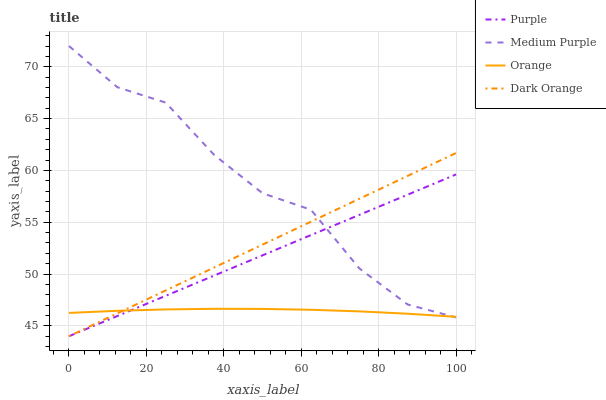
| xaxis_label | Purple | Medium Purple | Orange | Dark Orange |
 | --- | --- | --- | --- | --- |
 | 0 | 44 | 72 | 46.3 | 44 |
 | 12.5 | 46 | 68 | 46.5 | 46.2 |
 | 25 | 47.9 | 66.5 | 46.6 | 48.4 |
 | 37.5 | 49.9 | 61.5 | 46.6 | 50.6 |
 | 50 | 51.8 | 57.8 | 46.6 | 52.8 |
 | 62.5 | 53.8 | 56.2 | 46.6 | 55.1 |
 | 75 | 55.7 | 50.5 | 46.4 | 57.3 |
 | 87.5 | 57.7 | 47.1 | 46.2 | 59.5 |
 | 100 | 59.6 | 45.8 | 45.9 | 61.7 |